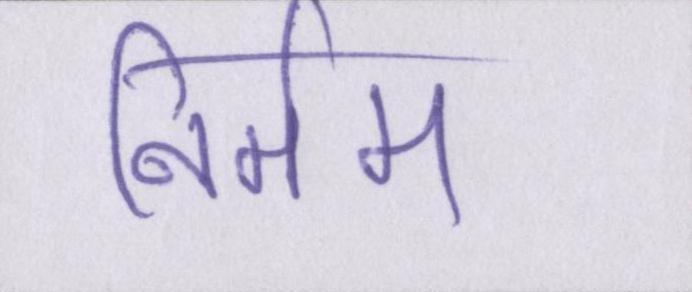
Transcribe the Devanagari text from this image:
निर्मम